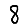
Digit: 8